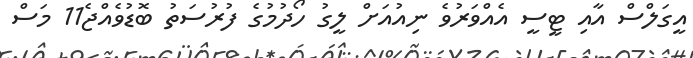
އީގަލްސް އާއި ޓީސީ އެއްވަރުވެ ނިއުއަށް ލީގު ހޯދުމުގެ ފުރުސަތު ބޮޑުވެއްޖެ11 މަސް